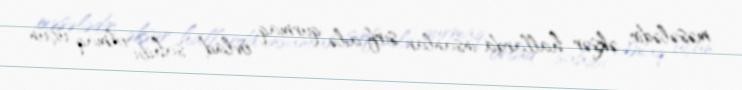
məsələdir, əksər hallarda insanlar sırf ailə qurmaq, övlad sahibi olmaq üçün